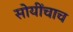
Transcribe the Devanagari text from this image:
सोयींचाच